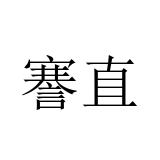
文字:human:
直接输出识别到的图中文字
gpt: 謇直